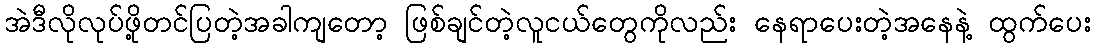
အဲဒီလိုလုပ်ဖို့တင်ပြတဲ့အခါကျတော့ ဖြစ်ချင်တဲ့လူငယ်တွေကိုလည်း နေရာပေးတဲ့အနေနဲ့ ထွက်ပေး